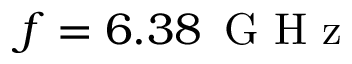
f = 6 . 3 8 { \ensuremath { \, \mathrm { ~ G ~ H ~ z ~ } } }